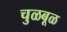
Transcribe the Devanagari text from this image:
चुळबूळ